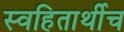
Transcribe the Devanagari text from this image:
स्वहितार्थीच